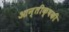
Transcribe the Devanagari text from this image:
आन्तीक्षकी